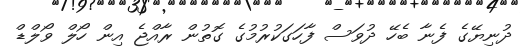
ދުނިޔޭގެ ފެނާ ބެހޭ ދުވަސް ފާހަގަކުރުމުގެ ގޮތުން ރާއްޖެ އިން ހޯލް ވޯލްޑް